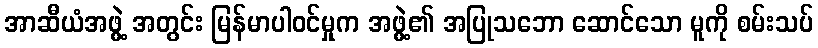
အာဆီယံအဖွဲ့ အတွင်း မြန်မာပါဝင်မှုက အဖွဲ့၏ အပြုသဘော ဆောင်သော မူကို စမ်းသပ်